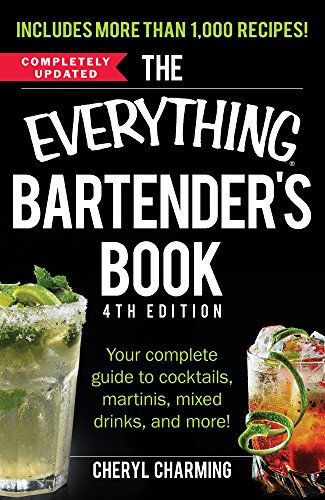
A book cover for The Everything Bartender's Book: Your Complete Guide to Cocktails, Martinis, Mixed Drinks, and More! (Everything Series); Cheryl Charming; Cookbooks, Food & Wine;